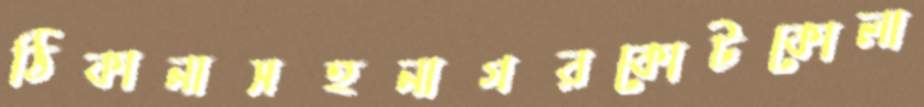
ঠিকানাসহনাগরকোটকোলা